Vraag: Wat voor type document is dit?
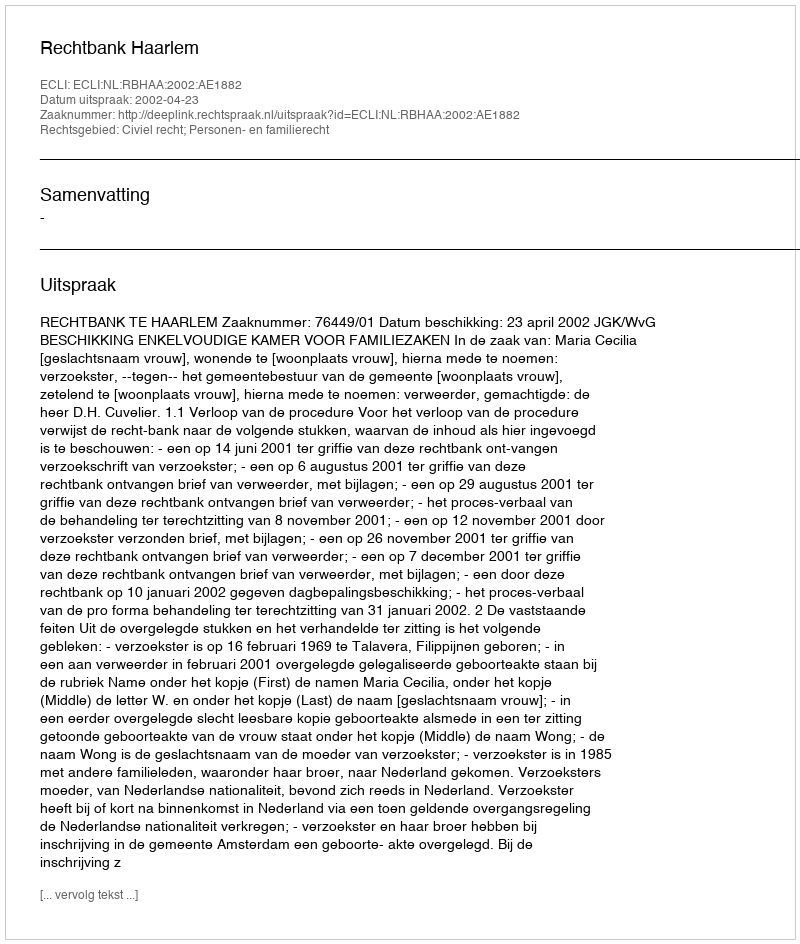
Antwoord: Uitspraak